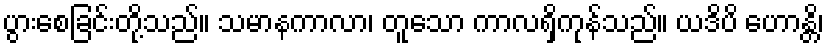
ပွားစေခြင်းတို့သည်။ သမာနကာလာ၊ တူသော ကာလရှိကုန်သည်။ ယဒိပိ ဟောန္တိ၊